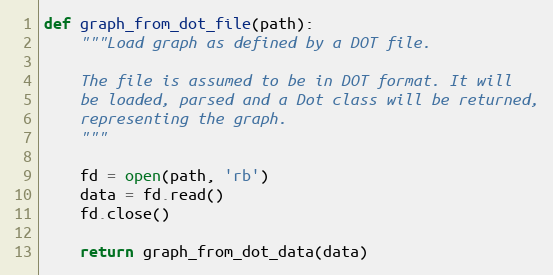
Language: Python
def graph_from_dot_file(path):
    """Load graph as defined by a DOT file.

    The file is assumed to be in DOT format. It will
    be loaded, parsed and a Dot class will be returned,
    representing the graph.
    """

    fd = open(path, 'rb')
    data = fd.read()
    fd.close()

    return graph_from_dot_data(data)